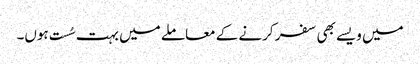
میں ویسے بھی سفر کرنے کے معاملے میں بہت سُست ہوں۔